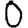
Digit: 0